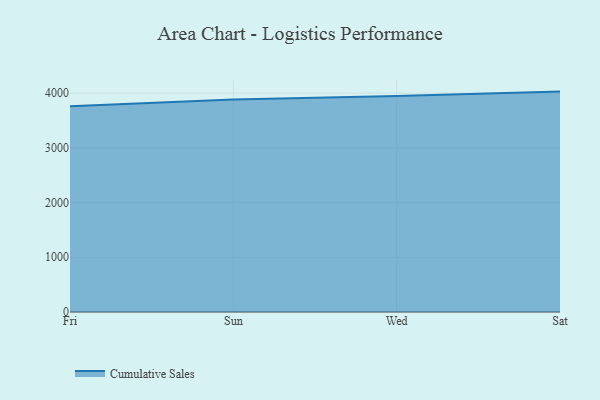
{"axis": {"x": "Day", "y": "Website Visitors"}, "legend": ["Cumulative Sales"], "data": [{"x": "Fri", "y": 3758.2, "type": "Cumulative Sales"}, {"x": "Sun", "y": 3882.7, "type": "Cumulative Sales"}, {"x": "Wed", "y": 3948.2, "type": "Cumulative Sales"}, {"x": "Sat", "y": 4027.3, "type": "Cumulative Sales"}]}